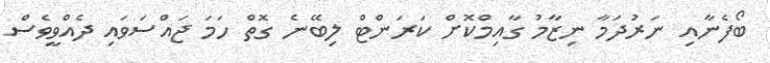
ބޯފެނާއި ނަރުދަމާ ނިޒާމު ގާއިމްކޮށް ކަރަންޓް ލިބޭނެ ގޮތް ހަމަ ޖައްސަވައި ދެއްވީވެސް